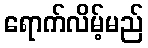
ရောက်လိမ့်မည်